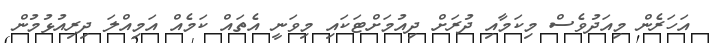
އަހަރެން މިއަދުވެސް މިކަމާއި ދުރަށް ދިއުމަށްޓަކައި މިވަނީ އެތައް ކަމެއް އަމިއްލަ ދިރިއުޅުމުން